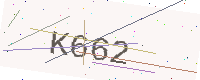
Text: K662